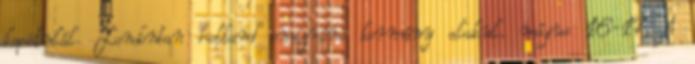
kapitulál. Londonban holland emigráns kormány alakul. május 16-17. A